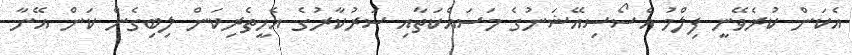
އެކަން ކުރެވޭނީ ފިލްމު އެސޯސިއޭޝަނުގެ މަސައްކަތާއި ސަރުކާރުގެ އެހީތެރިކަން ލިބިގެން ކަން އޭނާ